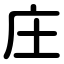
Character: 庄